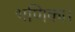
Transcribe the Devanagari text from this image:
भणिका।